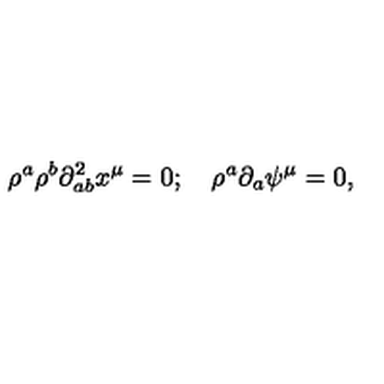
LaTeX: \rho ^ { a } \rho ^ { b } \partial _ { a b } ^ { 2 } x ^ { \mu } = 0 ; \quad \rho ^ { a } \partial _ { a } \psi ^ { \mu } = 0 ,